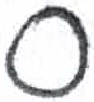
אות: ס